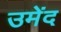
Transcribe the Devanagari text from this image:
उमेंद